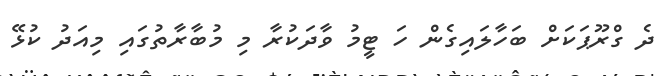
ދެ ގްރޫޕަކަށް ބަހާލައިގެން ހަ ޓީމު ވާދަކުރާ މި މުބާރާތުގައި މިއަދު ކުޅޭ